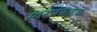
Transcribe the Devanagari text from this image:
स्वरूपग्राहक